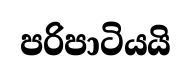
පරිපාටියයි